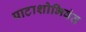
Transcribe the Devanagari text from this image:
पाटाशोभिवंत